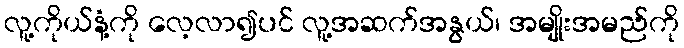
လူ့ကိုယ်နံ့ကို လေ့လာ၍ပင် လူ့အဆက်အနွယ်၊ အမျိုးအမည်ကို